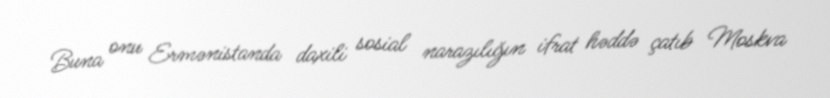
Buna onu Ermənistanda daxili sosial narazılığın ifrat həddə çatıb Moskva